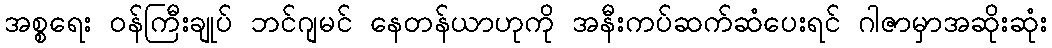
အစ္စရေး ဝန်ကြီးချုပ် ဘင်ဂျမင် နေတန်ယာဟုကို အနီးကပ်ဆက်ဆံပေးရင် ဂါဇာမှာအဆိုးဆုံး